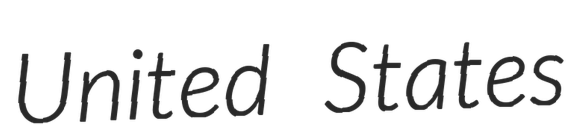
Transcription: United States